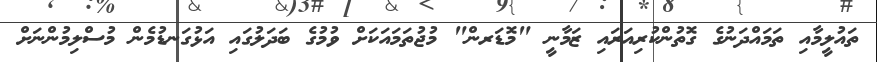
ތައުލީމާއި ތަމައްދަނުގެ ގޮތުންކުރިއަރައި ޒަމާނީ "މޮޑަރން" މުޖުތަމައަކަށް ވުމުގެ ބަދަލުގައި އަޅުގަނޑުމެން މުސްލިމުންނަށް